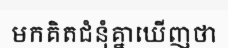
មកគិតជំនុំគ្នាឃើញថា